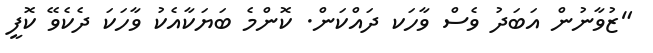
"ޒުވާނުން އަބަދު ވެސް ވާހަކ ދައްކަން. ކޮންމެ ބަޔަކާއެކު ވާހަކަ ދެކެވޭ ކޮފީ